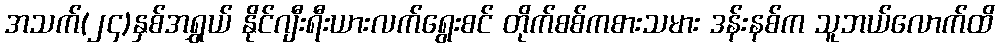
အသက်(၂၄)နှစ်အရွှယ် နိုင်ဂျီးရီးယားလက်ရွေးစင် တိုက်စစ်ကစားသမား ဒန်းနစ်က သူဘယ်လောက်ထိ